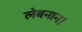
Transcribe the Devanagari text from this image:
लेबनान।